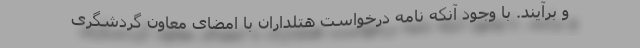
و برآیند. با وجود آنکه نامه درخواست هتلداران با امضای معاون گردشگری